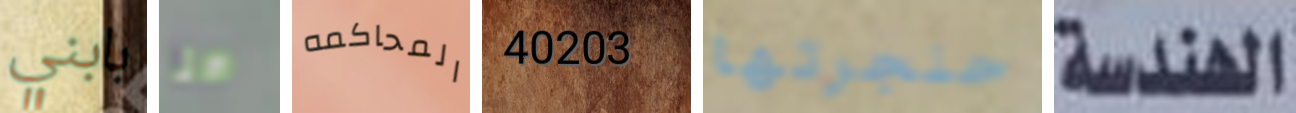
بابني هنا المحاكمه 40203 حنجرتها الهندسة